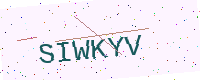
Text: SIWKYV